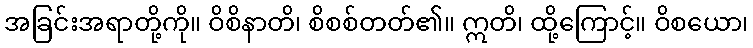
အခြင်းအရာတို့ကို။ ဝိစိနာတိ၊ စိစစ်တတ်၏။ ဣတိ၊ ထို့ကြောင့်။ ဝိစယော၊